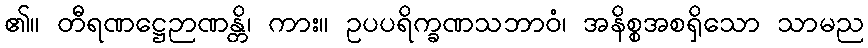
၏။ တီရဏဋ္ဌေဉာဏန္တိ၊ ကား။ ဥပပရိက္ခဏသဘာဝံ၊ အနိစ္စအစရှိသော သာမည